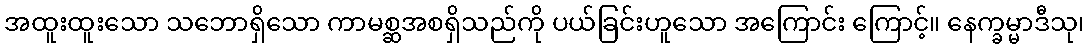
အထူးထူးသော သဘောရှိသော ကာမစ္ဆအစရှိသည်ကို ပယ်ခြင်းဟူသော အကြောင်း ကြောင့်။ နေက္ခမ္မာဒီသု၊